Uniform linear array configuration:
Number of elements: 4
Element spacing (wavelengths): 0.5
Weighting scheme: hamming
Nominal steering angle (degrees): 15
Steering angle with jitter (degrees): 13.329
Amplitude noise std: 0.05
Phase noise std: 0.05

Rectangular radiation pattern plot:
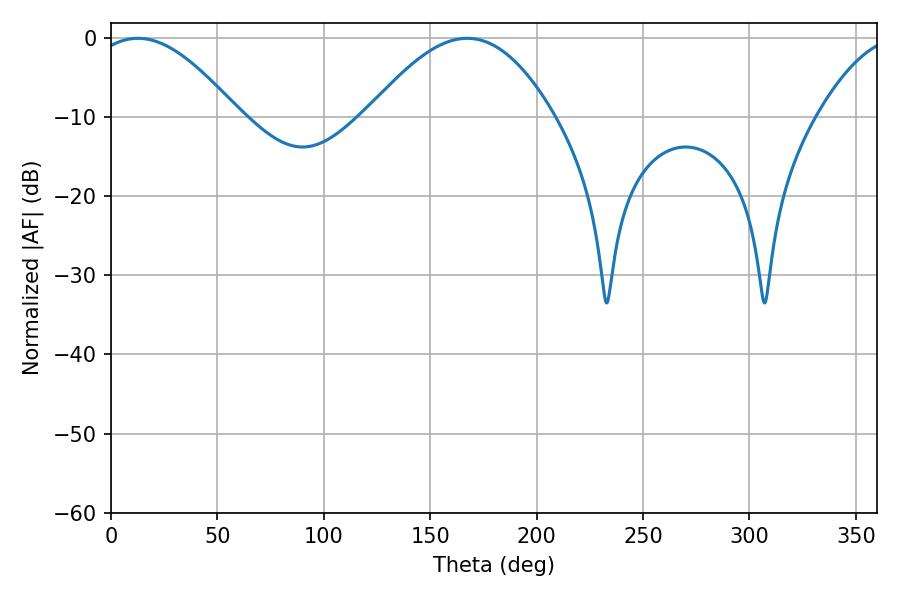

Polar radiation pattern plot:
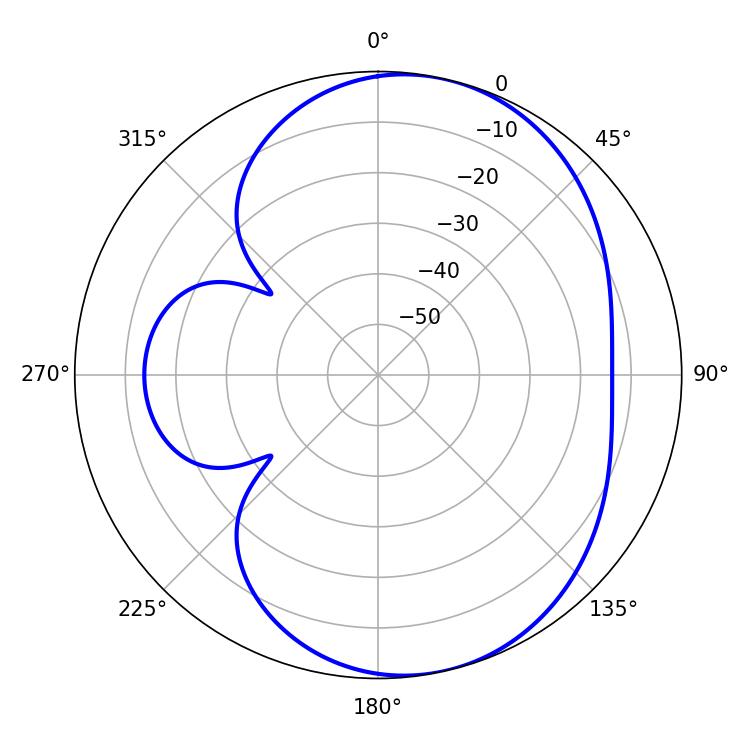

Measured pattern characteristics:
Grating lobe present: FALSE
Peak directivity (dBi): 6.584
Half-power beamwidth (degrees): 47.52
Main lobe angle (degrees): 167.4